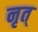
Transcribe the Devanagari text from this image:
नृत्